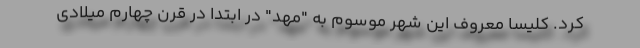
کرد. کلیسا معروف این شهر موسوم به "مهد" در ابتدا در قرن چهارم میلادی